Report of the Imperial Institute of Veterinary Research, Muktesar
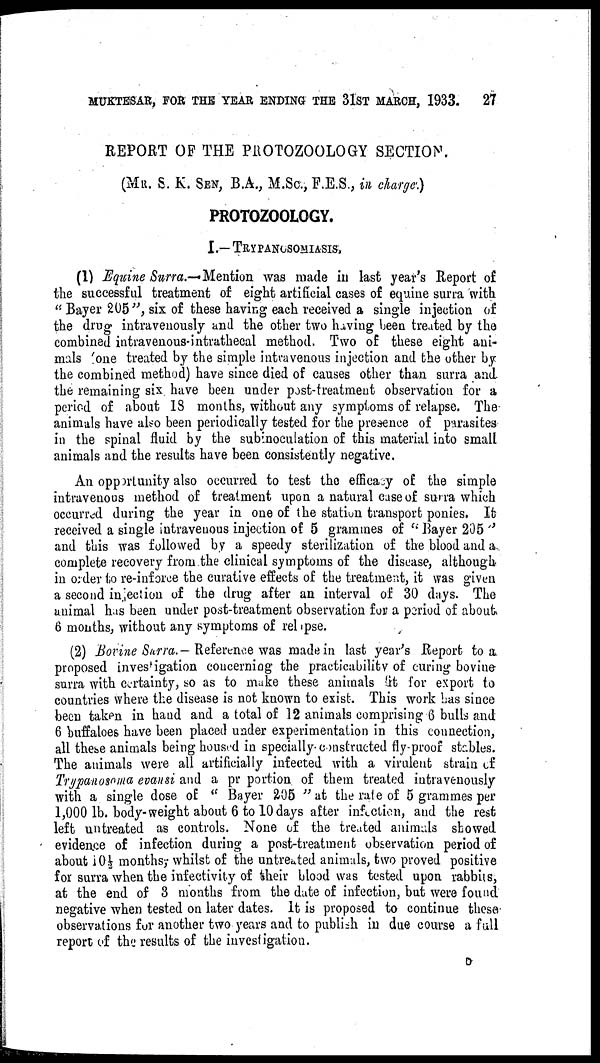
MUKTESAR, FOR THE YEAR ENDING THE 31ST MARCH, 1933.
27
REPORT OF THE PROTOZOOLOGY SECTION.
(MR. S. K. SEN, B.A., M.Sc., F.E.S., in charge.)
PROTOZOOLOGY.
I.— TRYPANOSOMIASIS,
(1) Equine Surra.—Mention was made in last year's Report of
the successful treatment of eight artificial cases of equine surra with
" Bayer 205", six of these having each received a single injection of
the drug intravenously and the other two having been treated by the
combined intravenous-intrathecal method. Two of these eight ani-
mals one treated by the simple intravenous injection and the other by
the combined method) have since died of causes other than surra and.
the remaining six have been under post-treatment observation for a
period of about 18 months, without any symptoms of relapse. The
animals have also been periodically tested for the presence of parasites
in the spinal fluid by the subinoculation of this material into small
animals and the results have been consistently negative.
An opportunity also occurred to test the efficacy of the simple
intravenous method of treatment upon a natural case of surra which
occurred during the year in one of the station transport ponies. It
received a single intravenous injection of 5 grammes of " Bayer 205 ''
and this was followed by a speedy sterilization of the blood and a
complete recovery from the clinical symptoms of the disease, although
in order to re-inforce the curative effects of the treatment, it was given
a second injection of the drug after an interval of 30 days. The
animal has been under post-treatment observation for a period of about
6 months, without any symptoms of relapse.
(2) Bovine Surra.— Reference was made in last year's Report to a
proposed investigation concerning the practicability of curing bovine
surra with certainty, so as to make these animals fit for export to
countries where the disease is not known to exist. This work has since
been taken in hand and a total of 12 animals comprising 6 bulls and
6 buffaloes have been placed under experimentation in this connection,
all these animals being housed in specially constructed fly proof stables.
The animals were all artificially infected with a virulent strain of
Trypanosoma evansi and a pr portion of them treated intravenously
with a single dose of " Bayer 205 " at the rate of 5 grammes per
1,000 lb. body-weight about 6 to 10 days after infection, and the rest
left untreated as controls. None of the treated animals showed
evidence of infection during a post-treatment observation period of
about 10½ months; whilst of the untreated animals, two proved positive
for surra when the infectivity of their blood was tested upon rabbits,
at the end of 3 months from the date of infection, but were found
negative when tested on later dates. It is proposed to continue these
observations for another two years and to publish in due course a full
report of the results of the investigation.
D